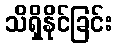
သိရှိနိုင်ခြင်း